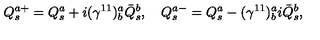
Q _ { s } ^ { a + } = Q _ { s } ^ { a } + i ( \gamma ^ { 1 1 } ) _ { b } ^ { a } \bar { Q } _ { s } ^ { b } , \quad Q _ { s } ^ { a - } = Q _ { s } ^ { a } - ( \gamma ^ { 1 1 } ) _ { b } ^ { a } i \bar { Q } _ { s } ^ { b } ,